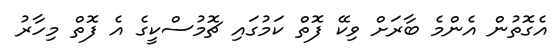
އެގޮތުން އެންމެ ބާރަށް ވިކޭ ފޮތް ކަމުގައި ޗޮމުސްކީގެ އެ ފޮތް މިހާރު